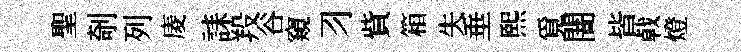
聖剞列庱誄羖谷窺习貲箱失垂熙覓闇皆㦸燈